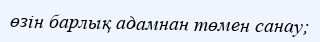
өзін барлық адамнан төмен санау;